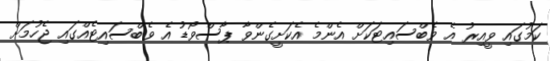
ކަމުގައި ވީއިރު އެ ވެބްސައިޓަކަށް އެންމެ އެކަށީގެންވާ ޕާސްވޯޑު އެ ވެބްސައިޓެއްގައި ޖެހުމަށް